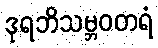
ဒုရဘိသမ္ဘဝတရံ